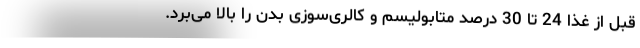
قبل از غذا 24 تا 30 درصد متابولیسم و کالری‌سوزی بدن را بالا می‌برد.